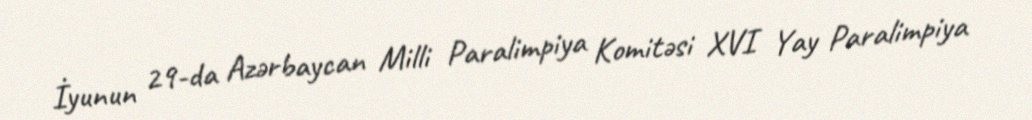
İyunun 29-da Azərbaycan Milli Paralimpiya Komitəsi XVI Yay Paralimpiya